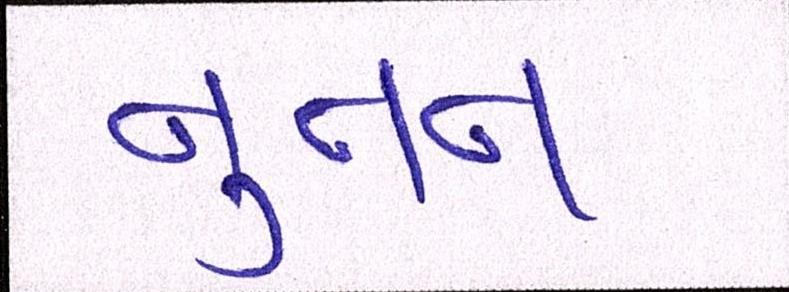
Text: નુતન